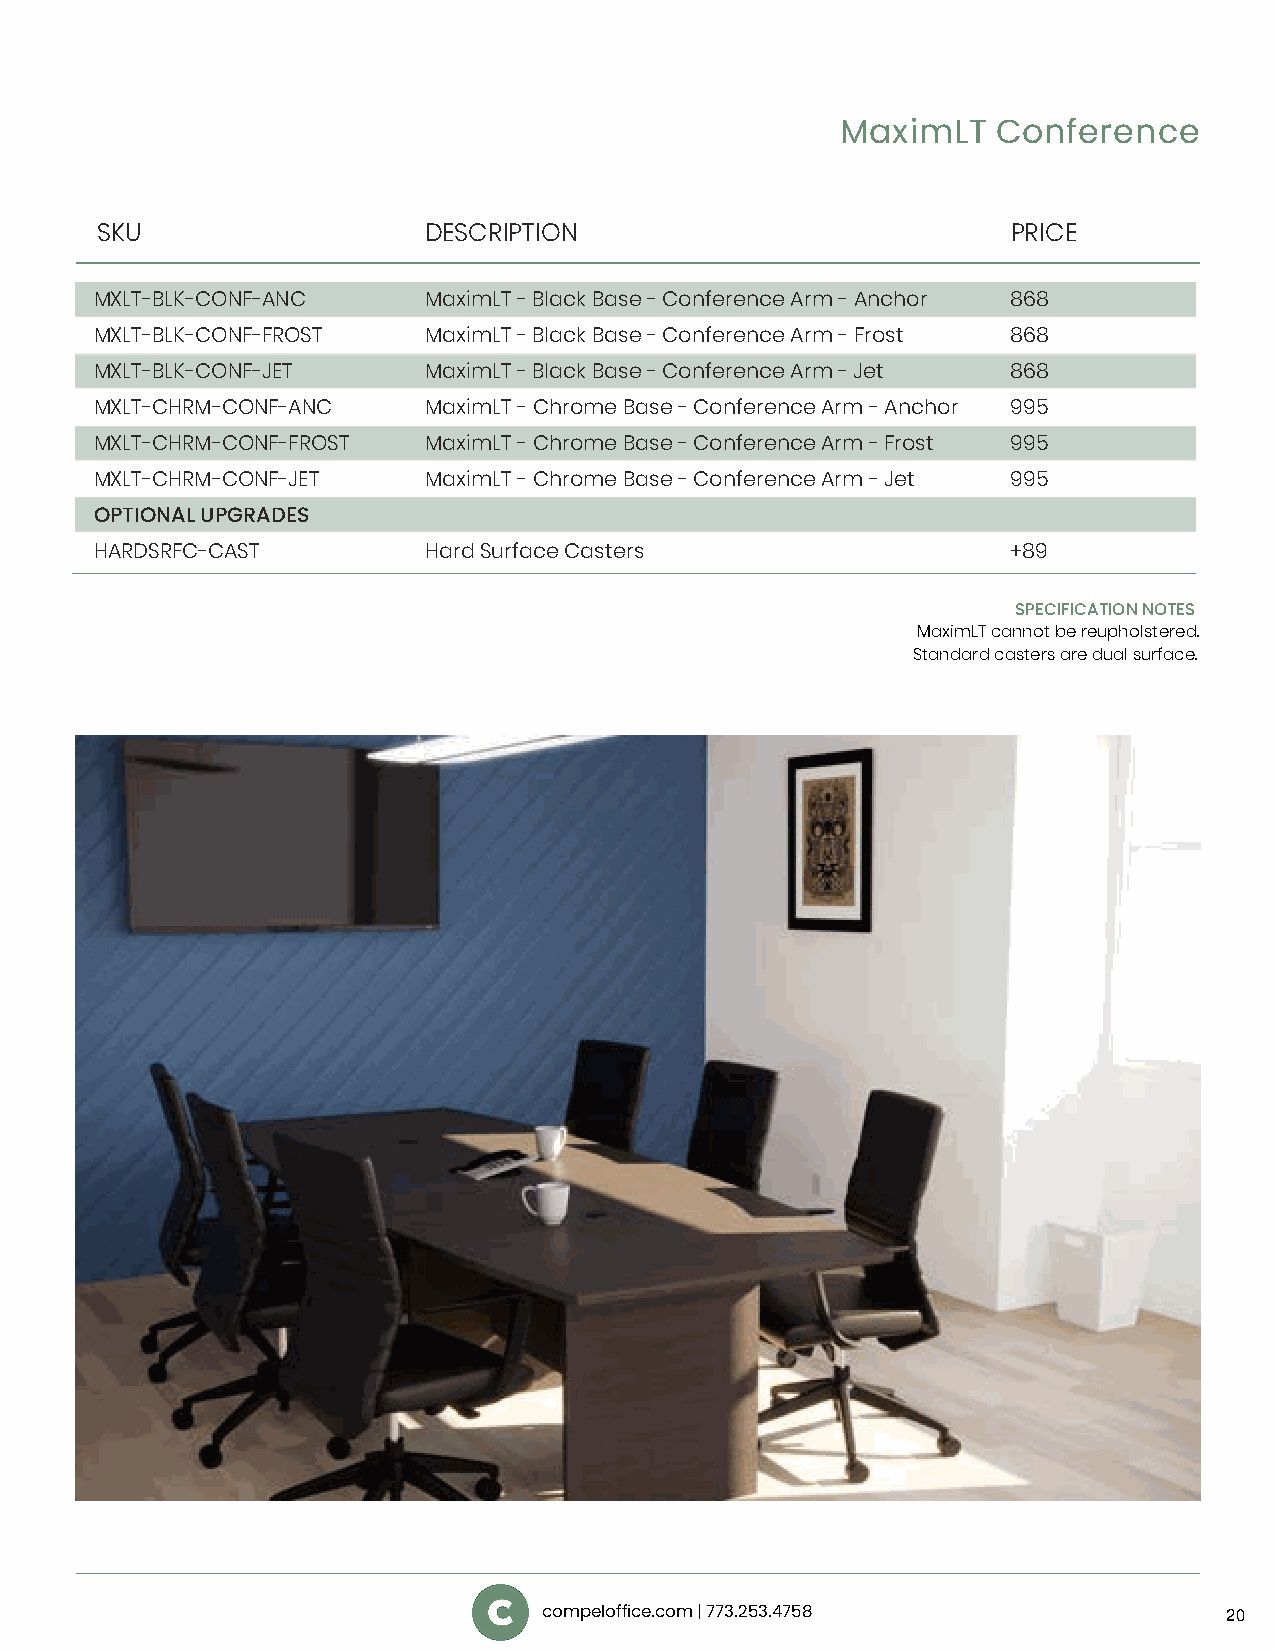
MaximLT   Conference
 SKU                   DESCRIPTION                            PRICE
 MXLT-BLK-CONF-ANC     MaximLT - Black Base - Conference Arm - Anchor 868
 MXLT-BLK-CONF-FROST   MaximLT - Black Base - Conference Arm - Frost 868
 MXLT-BLK-CONF-JET     MaximLT - Black Base - Conference Arm - Jet 868
 MXLT-CHRM-CONF-ANC    MaximLT - Chrome Base - Conference Arm - Anchor 995
 MXLT-CHRM-CONF-FROST  MaximLT - Chrome Base - Conference Arm - Frost 995
 MXLT-CHRM-CONF-JET    MaximLT - Chrome Base - Conference Arm - Jet 995
 OPTIONAL UPGRADES
 HARDSRFC-CAST         Hard Surface Casters                   +89
 SPECIFICATION NOTES
 MaximLT cannot be reupholstered.
 Standard casters are dual surface.
 compeloffice.com | 773.253.4758              20